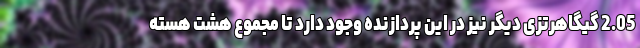
2.05 گیگاهرتزی دیگر نیز در این پردازنده وجود دارد تا مجموع هشت هسته